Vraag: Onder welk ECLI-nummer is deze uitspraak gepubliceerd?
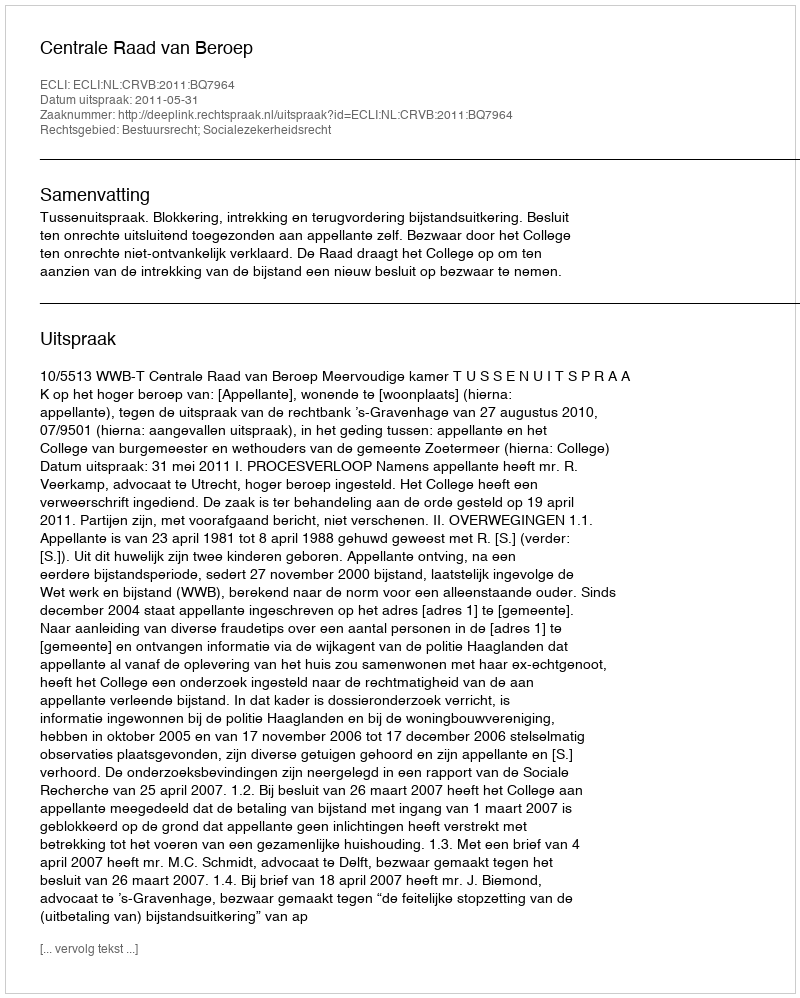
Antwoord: ECLI:NL:CRVB:2011:BQ7964